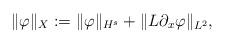
LaTeX: \begin{align*}\|\varphi\|_X := \|\varphi\|_{H^s} + \|L\partial_x \varphi\|_{L^2},\end{align*}